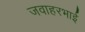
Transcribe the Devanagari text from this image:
जवाहरभाई